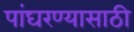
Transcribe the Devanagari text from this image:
पांघरण्यासाठी